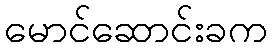
မောင်ဆောင်းခက